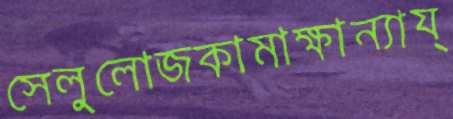
সেলুলোজকামাক্ষান্যায্